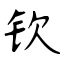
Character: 钦